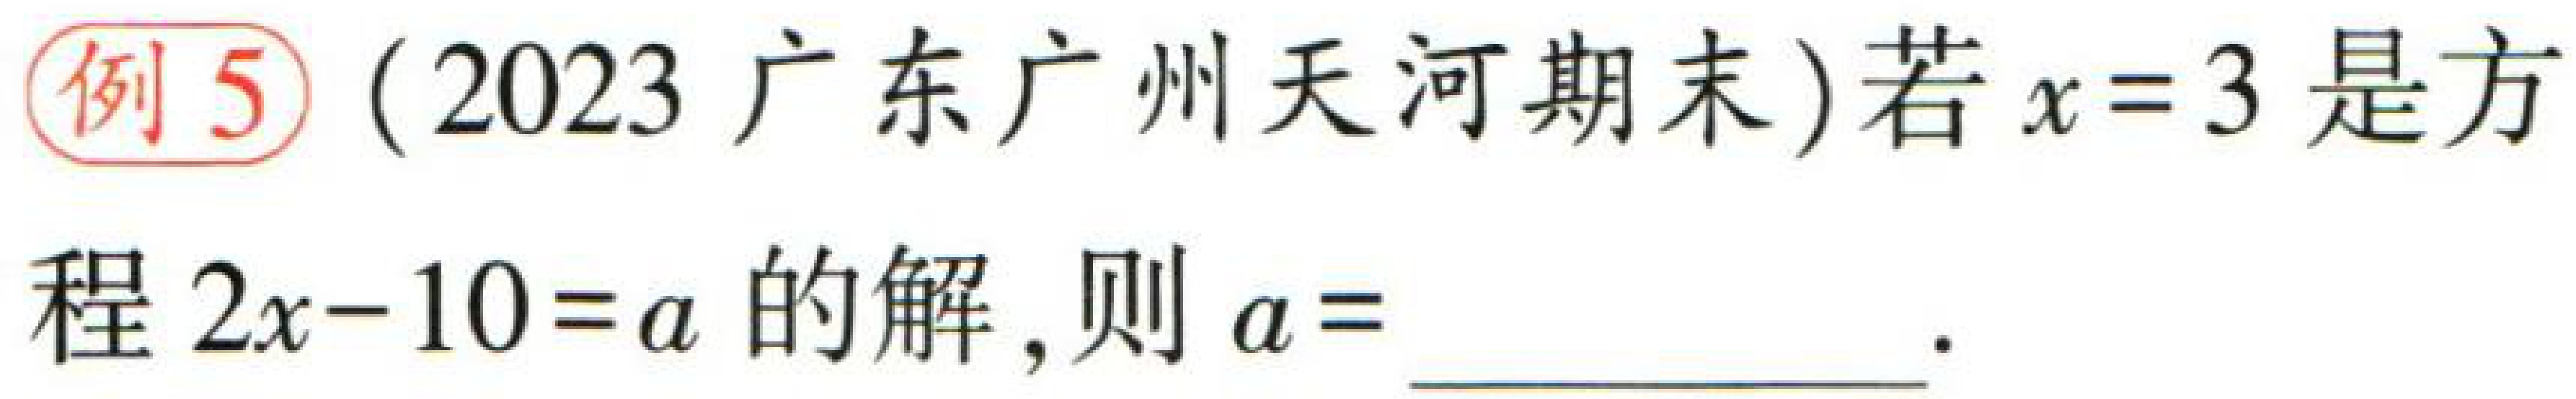
例5（2023 广东广州天河期末）若\(x = 3\)是方程\(2x - 10 = a\)的解，则\(a=\underline{}\) 。